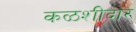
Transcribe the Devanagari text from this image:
कळशीदार